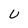
Character: U